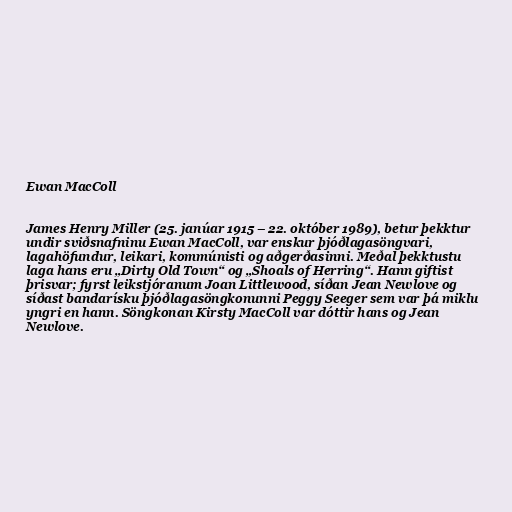
Ewan MacColl

James Henry Miller (25. janúar 1915 – 22. október 1989), betur þekktur
undir sviðsnafninu Ewan MacColl, var enskur þjóðlagasöngvari,
lagahöfundur, leikari, kommúnisti og aðgerðasinni. Meðal þekktustu
laga hans eru „Dirty Old Town“ og „Shoals of Herring“. Hann giftist
þrisvar; fyrst leikstjóranum Joan Littlewood, síðan Jean Newlove og
síðast bandarísku þjóðlagasöngkonunni Peggy Seeger sem var þá miklu
yngri en hann. Söngkonan Kirsty MacColl var dóttir hans og Jean
Newlove.